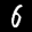
Label: 6